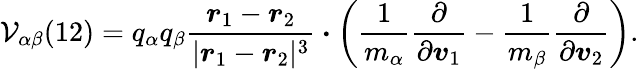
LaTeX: \mathcal{V}_{\alpha\beta}(12)=q_{\alpha}q_{\beta}\frac{\boldsymbol{r}_{1}-\boldsymbol{r}_{2}}{|\boldsymbol{r}_{1}-\boldsymbol{r}_{2}|^{3}}\boldsymbol{\cdot}\left(\frac{1}{m_{\alpha}}\frac{\partial}{\partial\boldsymbol{v}_{1}}-\frac{1}{m_{\beta}}\frac{\partial}{\partial\boldsymbol{v}_{2}}\right).